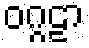
ဝဂ္ဂဠာ